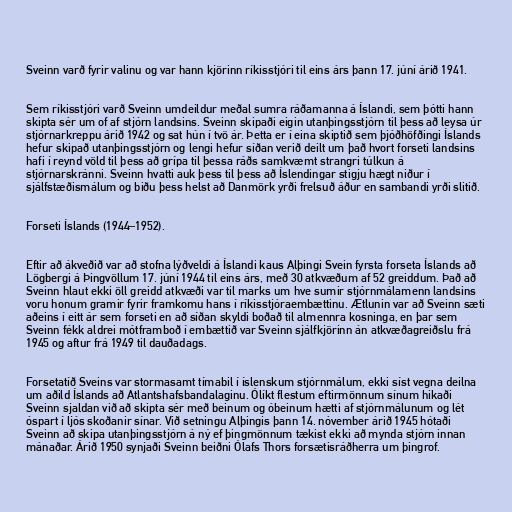
Sveinn varð fyrir valinu og var hann kjörinn ríkisstjóri til eins árs þann 17. júní árið 1941.

Sem ríkisstjóri varð Sveinn umdeildur meðal sumra ráðamanna á Íslandi, sem þótti hann
skipta sér um of af stjórn landsins. Sveinn skipaði eigin utanþingsstjórn til þess að leysa úr
stjórnarkreppu árið 1942 og sat hún í tvö ár. Þetta er í eina skiptið sem þjóðhöfðingi Íslands
hefur skipað utanþingsstjórn og lengi hefur síðan verið deilt um það hvort forseti landsins
hafi í reynd völd til þess að grípa til þessa ráðs samkvæmt strangri túlkun á
stjórnarskránni. Sveinn hvatti auk þess til þess að Íslendingar stigju hægt niður í
sjálfstæðismálum og biðu þess helst að Danmörk yrði frelsuð áður en sambandi yrði slitið.

Forseti Íslands (1944–1952).

Eftir að ákveðið var að stofna lýðveldi á Íslandi kaus Alþingi Svein fyrsta forseta Íslands að
Lögbergi á Þingvöllum 17. júní 1944 til eins árs, með 30 atkvæðum af 52 greiddum. Það að
Sveinn hlaut ekki öll greidd atkvæði var til marks um hve sumir stjórnmálamenn landsins
voru honum gramir fyrir framkomu hans í ríkisstjóraembættinu. Ætlunin var að Sveinn sæti
aðeins í eitt ár sem forseti en að síðan skyldi boðað til almennra kosninga, en þar sem
Sveinn fékk aldrei mótframboð í embættið var Sveinn sjálfkjörinn án atkvæðagreiðslu frá
1945 og aftur frá 1949 til dauðadags.

Forsetatíð Sveins var stormasamt tímabil í íslenskum stjórnmálum, ekki síst vegna deilna
um aðild Íslands að Atlantshafsbandalaginu. Ólíkt flestum eftirmönnum sínum hikaði
Sveinn sjaldan við að skipta sér með beinum og óbeinum hætti af stjórnmálunum og lét
óspart í ljós skoðanir sínar. Við setningu Alþingis þann 14. nóvember árið 1945 hótaði
Sveinn að skipa utanþingsstjórn á ný ef þingmönnum tækist ekki að mynda stjórn innan
mánaðar. Árið 1950 synjaði Sveinn beiðni Ólafs Thors forsætisráðherra um þingrof.